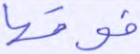
فوقها